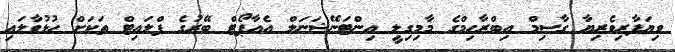
ވިޔަފާރިވެރިޔާ ގާސިމް އިބްރާހިމްގެ މާމިގިލީ އިންޓަނޭޝަނަލް އެއާޕޯޓް ބޭރުގެ ފްލައިޓް ތަކަށް ހުޅުވާލައި